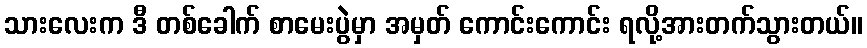
သားလေးက ဒီ တစ်ခေါက် စာမေးပွဲမှာ အမှတ် ကောင်းကောင်း ရလို့အားတက်သွားတယ်။